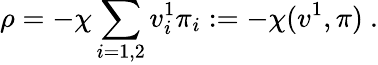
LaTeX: \rho=-\chi\sum_{i=1,2}v_{i}^{1}\pi_{i}:=-\chi(v^{1},\pi)\ .